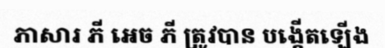
ភាសារ ភី អេច ភី ត្រូវបាន បង្កើតឡើង